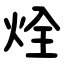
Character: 烇